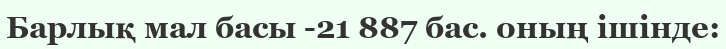
Барлық мал басы -21 887 бас. оның ішінде: